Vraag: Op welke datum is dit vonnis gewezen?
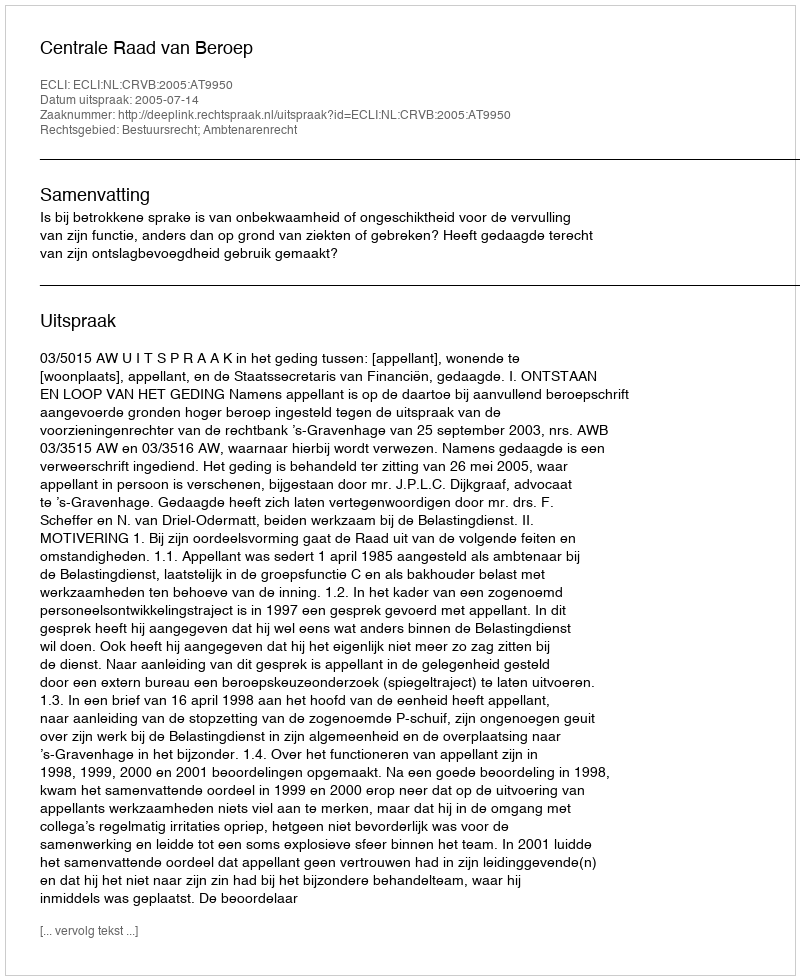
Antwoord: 2005-07-14